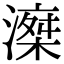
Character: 𣽘